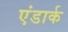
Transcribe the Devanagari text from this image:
एंडार्क